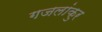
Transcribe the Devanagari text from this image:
गजलांकुर